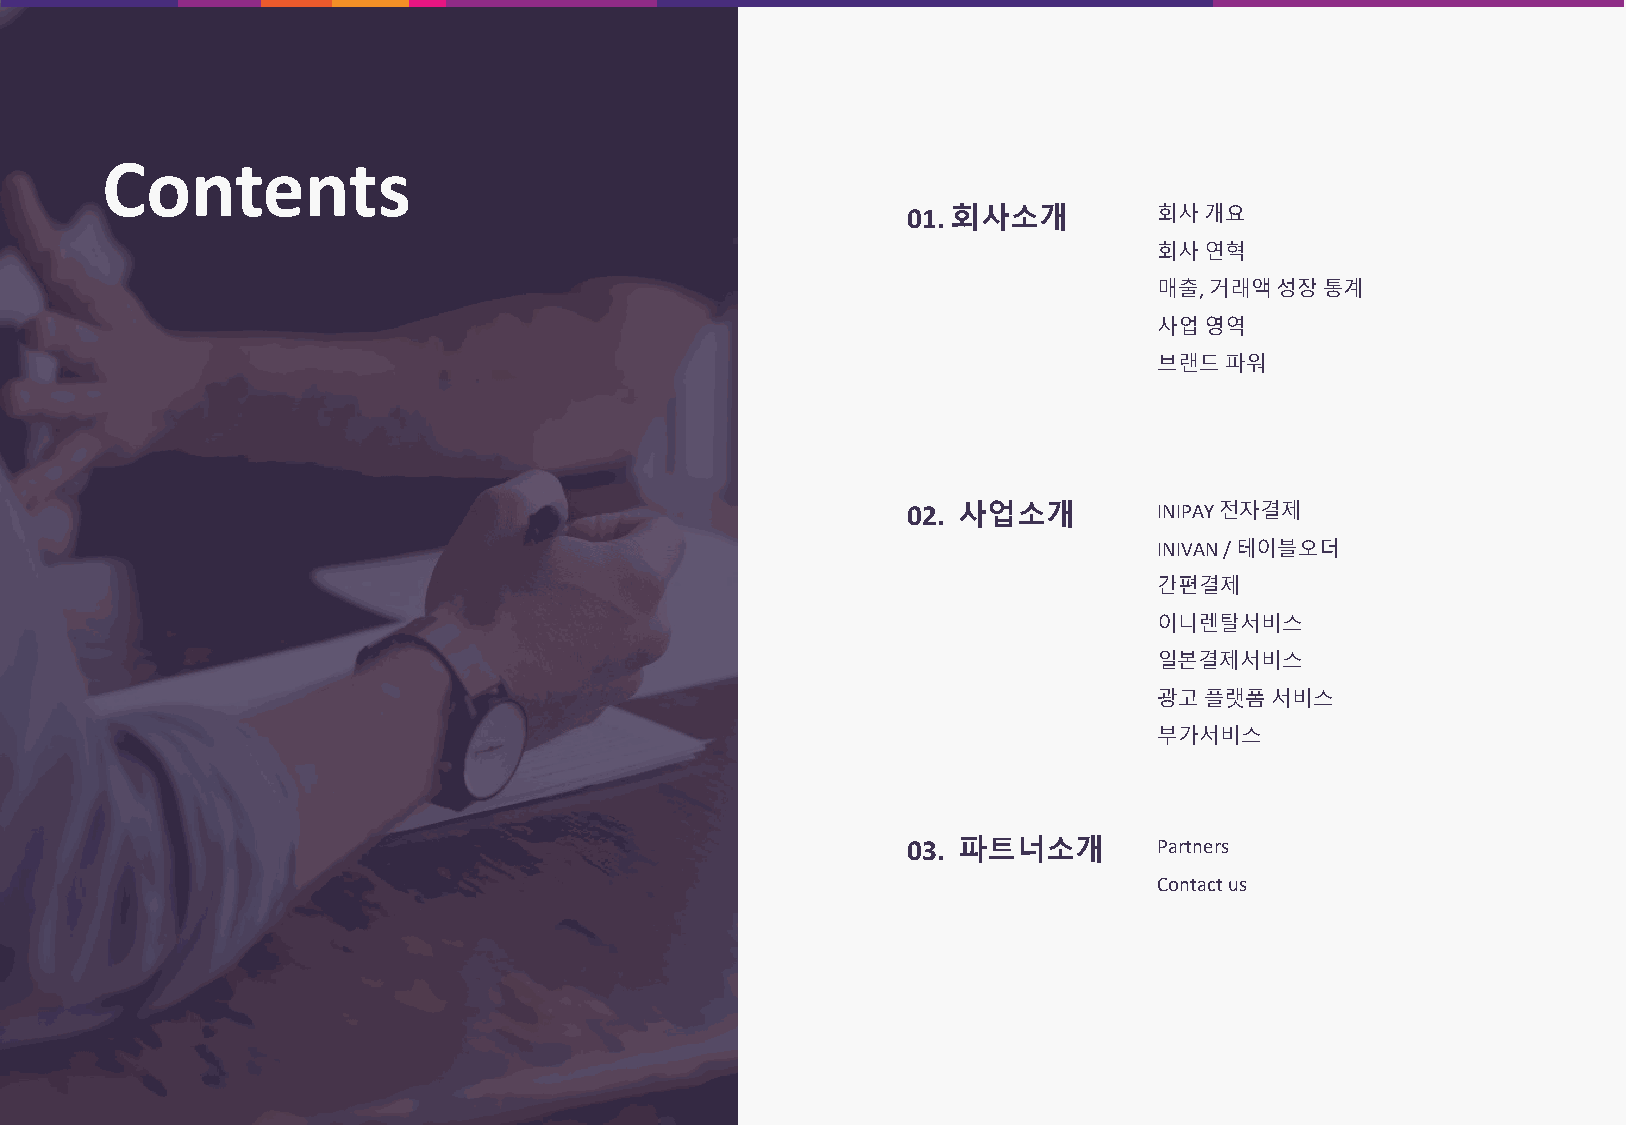
Contents
 01. 회사소개         회사개요
 회사연혁
 매출, 거래액성장통계
 사업영역
 브랜드파워
 02. 사업소개         INIPAY 전자결제
 INIVAN / 테이블오더
 간편결제
 이니렌탈서비스
 일본결제서비스
 광고플랫폼서비스
 부가서비스
 03. 파트너소개        Partners
 Contact us